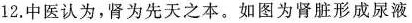
12.中医认为，肾为先天之本。如图为肾脏形成尿液